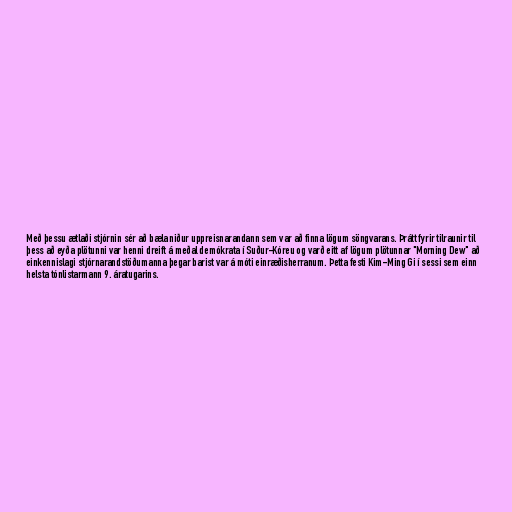
Með þessu ætlaði stjórnin sér að bæla niður uppreisnarandann sem var að finna lögum söngvarans. Þrátt fyrir tilraunir til
þess að eyða plötunni var henni dreift á meðal demókrata í Suður-Kóreu og varð eitt af lögum plötunnar "Morning Dew" að
einkennislagi stjórnarandstöðumanna þegar barist var á móti einræðisherranum. Þetta festi Kim-Ming Gi í sessi sem einn
helsta tónlistarmann 9. áratugarins.